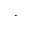
^ *